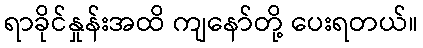
ရာခိုင်နှုန်းအထိ ကျနော်တို့ ပေးရတယ်။